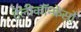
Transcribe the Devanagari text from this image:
टेलीकॉन्फ्रेंसों